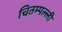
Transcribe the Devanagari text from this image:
चितम्पल्ली